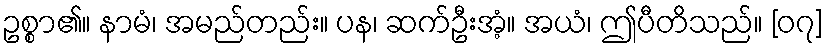
ဥစ္စာ၏။ နာမံ၊ အမည်တည်း။ ပန၊ ဆက်ဦးအံ့။ အယံ၊ ဤပီတိသည်။ [၀၇]